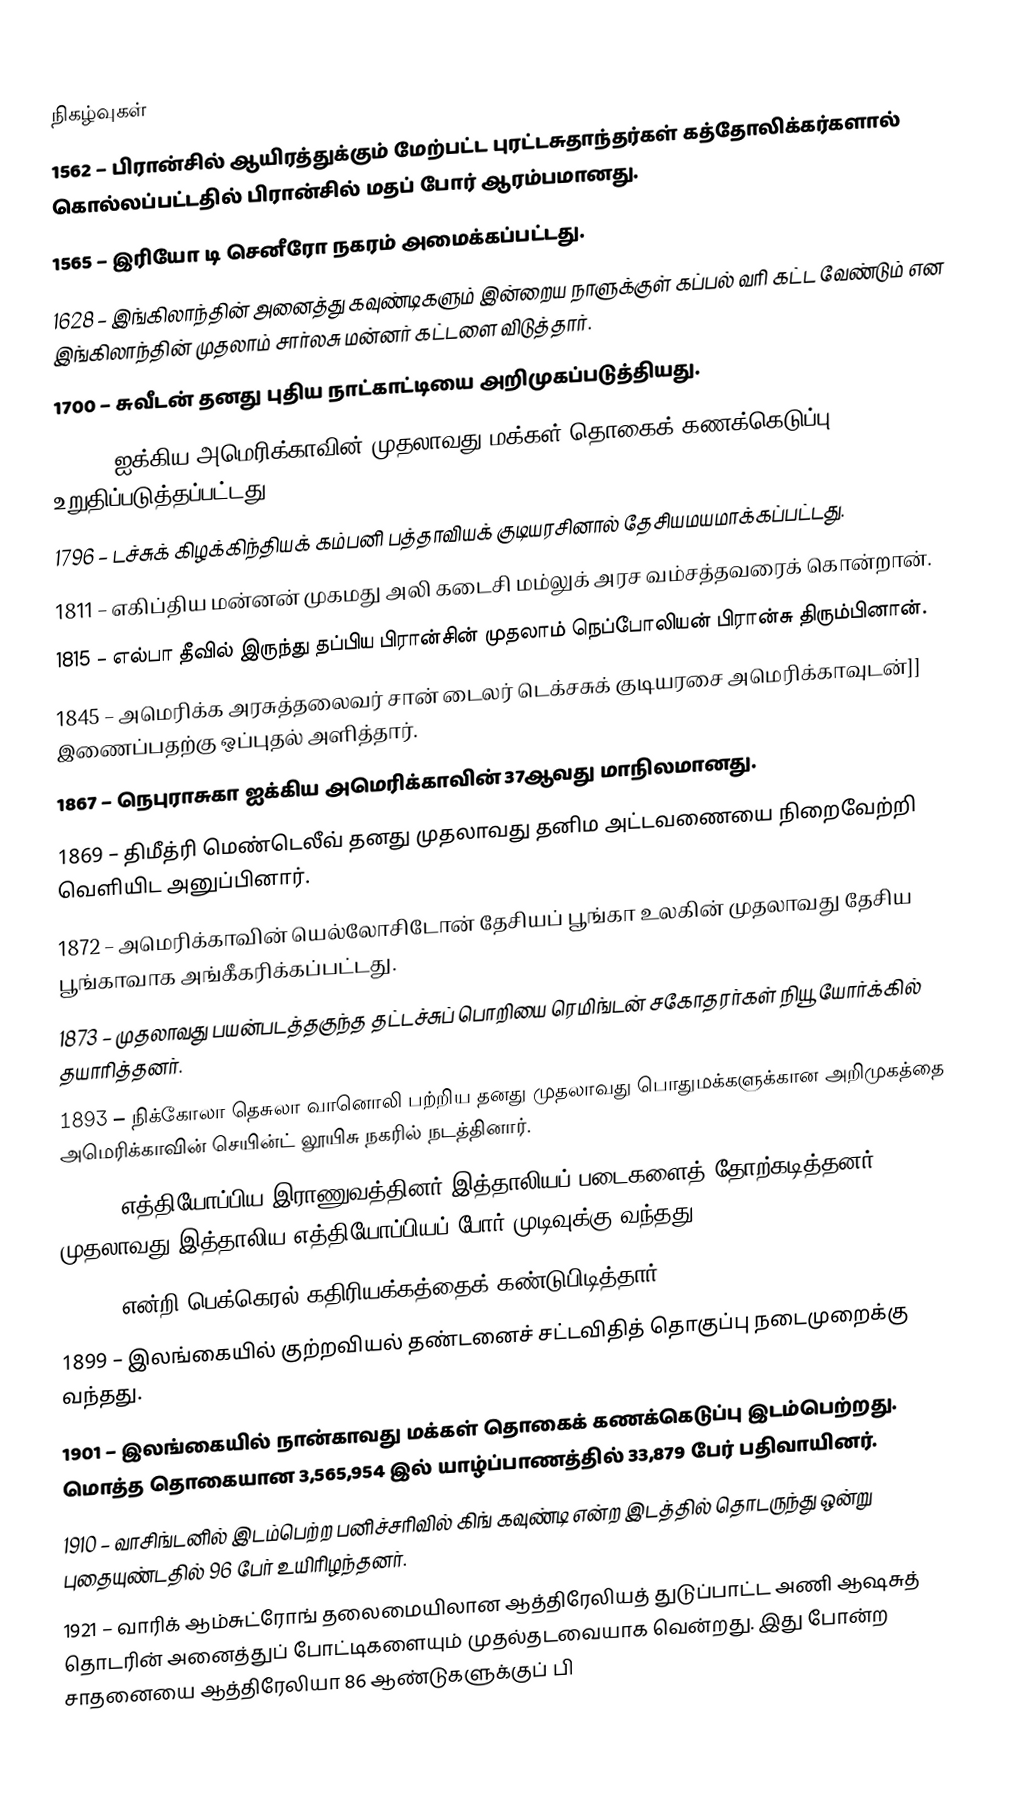

நிகழ்வுகள்
1562 – பிரான்சில் ஆயிரத்துக்கும் மேற்பட்ட புரட்டசுதாந்தர்கள் கத்தோலிக்கர்களால் கொல்லப்பட்டதில் பிரான்சில் மதப் போர் ஆரம்பமானது.
1565 – இரியோ டி செனீரோ நகரம் அமைக்கப்பட்டது.
1628 – இங்கிலாந்தின் அனைத்து கவுண்டிகளும் இன்றைய நாளுக்குள் கப்பல் வரி கட்ட வேண்டும் என இங்கிலாந்தின் முதலாம் சார்லசு மன்னர் கட்டளை விடுத்தார்.
1700 – சுவீடன் தனது புதிய நாட்காட்டியை அறிமுகப்படுத்தியது.
1790 – ஐக்கிய அமெரிக்காவின் முதலாவது மக்கள் தொகைக் கணக்கெடுப்பு உறுதிப்படுத்தப்பட்டது.
1796 – டச்சுக் கிழக்கிந்தியக் கம்பனி பத்தாவியக் குடியரசினால் தேசியமயமாக்கப்பட்டது.
1811 – எகிப்திய மன்னன் முகமது அலி கடைசி மம்லுக் அரச வம்சத்தவரைக் கொன்றான்.
1815 – எல்பா தீவில் இருந்து தப்பிய பிரான்சின் முதலாம் நெப்போலியன் பிரான்சு திரும்பினான்.
1845 – அமெரிக்க அரசுத்தலைவர் சான் டைலர் டெக்சசுக் குடியரசை அமெரிக்காவுடன்]] இணைப்பதற்கு ஒப்புதல் அளித்தார்.
1867 – நெபுராசுகா ஐக்கிய அமெரிக்காவின் 37ஆவது மாநிலமானது.
1869 – திமீத்ரி மெண்டெலீவ் தனது முதலாவது தனிம அட்டவணையை நிறைவேற்றி வெளியிட அனுப்பினார்.
1872 – அமெரிக்காவின் யெல்லோசிடோன் தேசியப் பூங்கா உலகின் முதலாவது தேசிய பூங்காவாக அங்கீகரிக்கப்பட்டது.
1873 – முதலாவது பயன்படத்தகுந்த தட்டச்சுப் பொறியை ரெமிங்டன் சகோதரர்கள் நியூ யோர்க்கில் தயாரித்தனர்.
1893 – நிக்கோலா தெசுலா வானொலி பற்றிய தனது முதலாவது பொதுமக்களுக்கான அறிமுகத்தை அமெரிக்காவின் செயின்ட் லூயிசு நகரில் நடத்தினார்.
1896 – எத்தியோப்பிய இராணுவத்தினர் இத்தாலியப் படைகளைத் தோற்கடித்தனர். முதலாவது இத்தாலிய-எத்தியோப்பியப் போர் முடிவுக்கு வந்தது.
1896 – என்றி பெக்கெரல் கதிரியக்கத்தைக் கண்டுபிடித்தார்.
1899 – இலங்கையில் குற்றவியல் தண்டனைச் சட்டவிதித் தொகுப்பு நடைமுறைக்கு வந்தது.
1901 – இலங்கையில் நான்காவது மக்கள் தொகைக் கணக்கெடுப்பு இடம்பெற்றது. மொத்த தொகையான 3,565,954 இல் யாழ்ப்பாணத்தில் 33,879 பேர் பதிவாயினர்.
1910 – வாசிங்டனில் இடம்பெற்ற பனிச்சரிவில் கிங் கவுண்டி என்ற இடத்தில் தொடருந்து ஒன்று புதையுண்டதில் 96 பேர் உயிரிழந்தனர்.
1921 – வாரிக் ஆம்சுட்ரோங் தலைமையிலான ஆத்திரேலியத் துடுப்பாட்ட அணி ஆஷசுத் தொடரின் அனைத்துப் போட்டிகளையும் முதல்தடவையாக வென்றது. இது போன்ற சாதனையை ஆத்திரேலியா 86 ஆண்டுகளுக்குப் பி